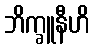
ဘိက္ခူနီဟိ